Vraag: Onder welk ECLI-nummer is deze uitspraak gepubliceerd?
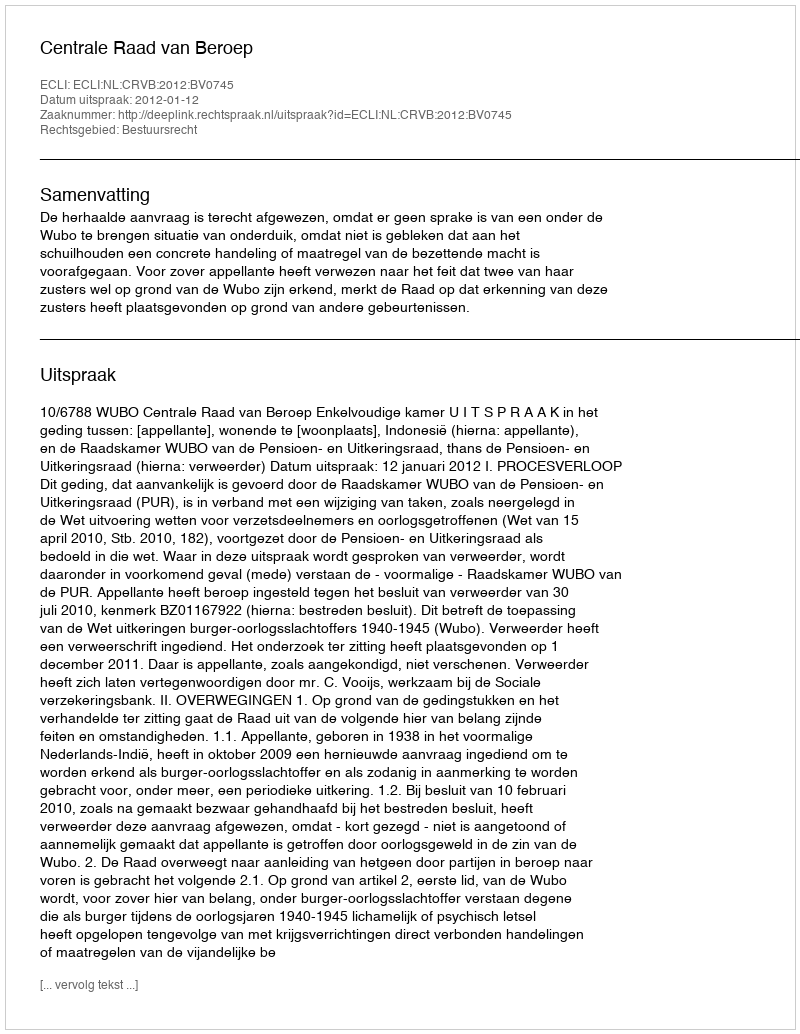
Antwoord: ECLI:NL:CRVB:2012:BV0745